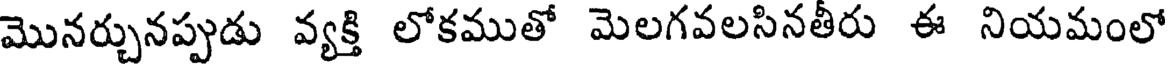
మొనర్చునప్పుడు వ్యక్తి లోకముతో మెలగవలసినతీరు ఈ నియమంలో